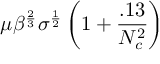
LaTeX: \mu \beta ^ { \frac { 2 } { 3 } } \sigma ^ { \frac { 1 } { 2 } } \left( 1 + \frac { . 1 3 } { N _ { c } ^ { 2 } } \right)